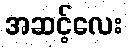
အဆင့်လေး